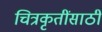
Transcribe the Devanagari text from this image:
चित्रकृतींसाठी